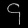
Digit: ၄